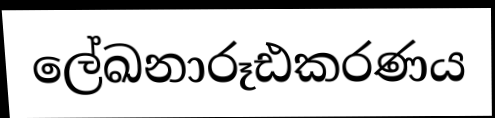
ලේඛනාරූඪකරණය